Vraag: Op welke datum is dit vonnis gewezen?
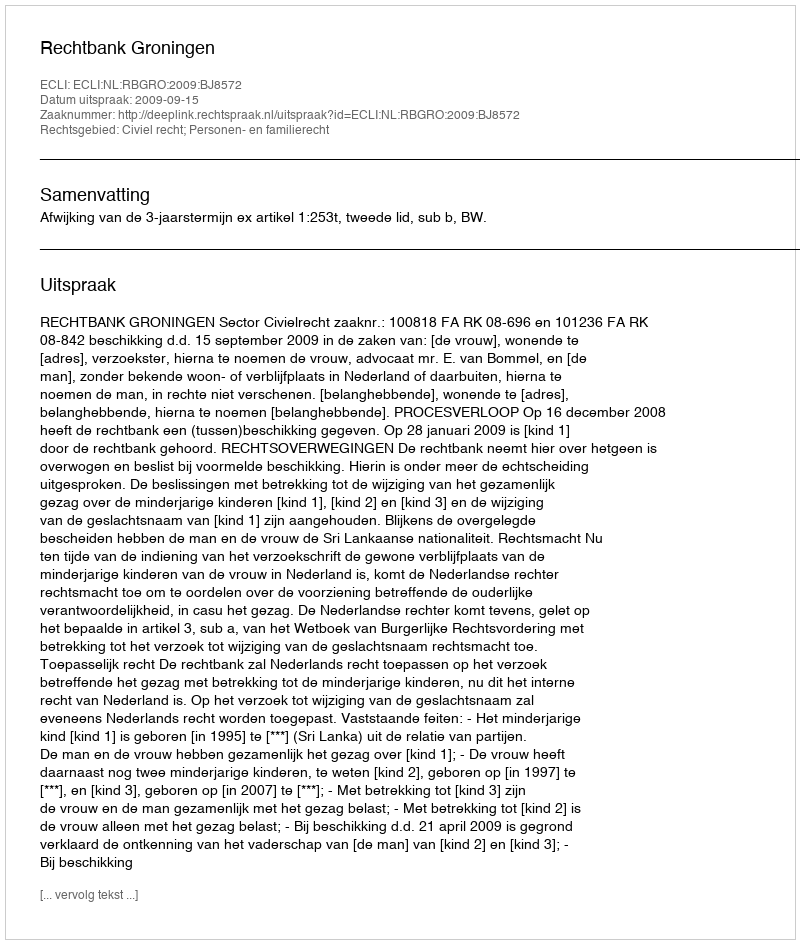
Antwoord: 2009-09-15